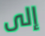
إلى